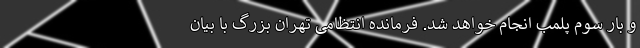
و بار سوم پلمب انجام خواهد شد. فرمانده انتظامی تهران بزرگ با بیان